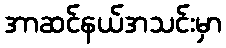
အာဆင်နယ်အသင်းမှာ